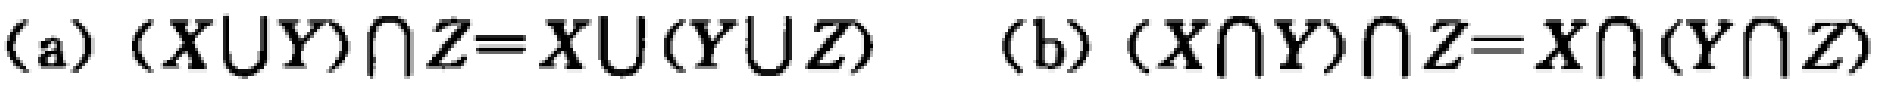
(a) $(X\cup Y)\cap Z = X\cup(Y\cup Z)$  (b) $(X\cap Y)\cap Z = X\cap(Y\cap Z)$